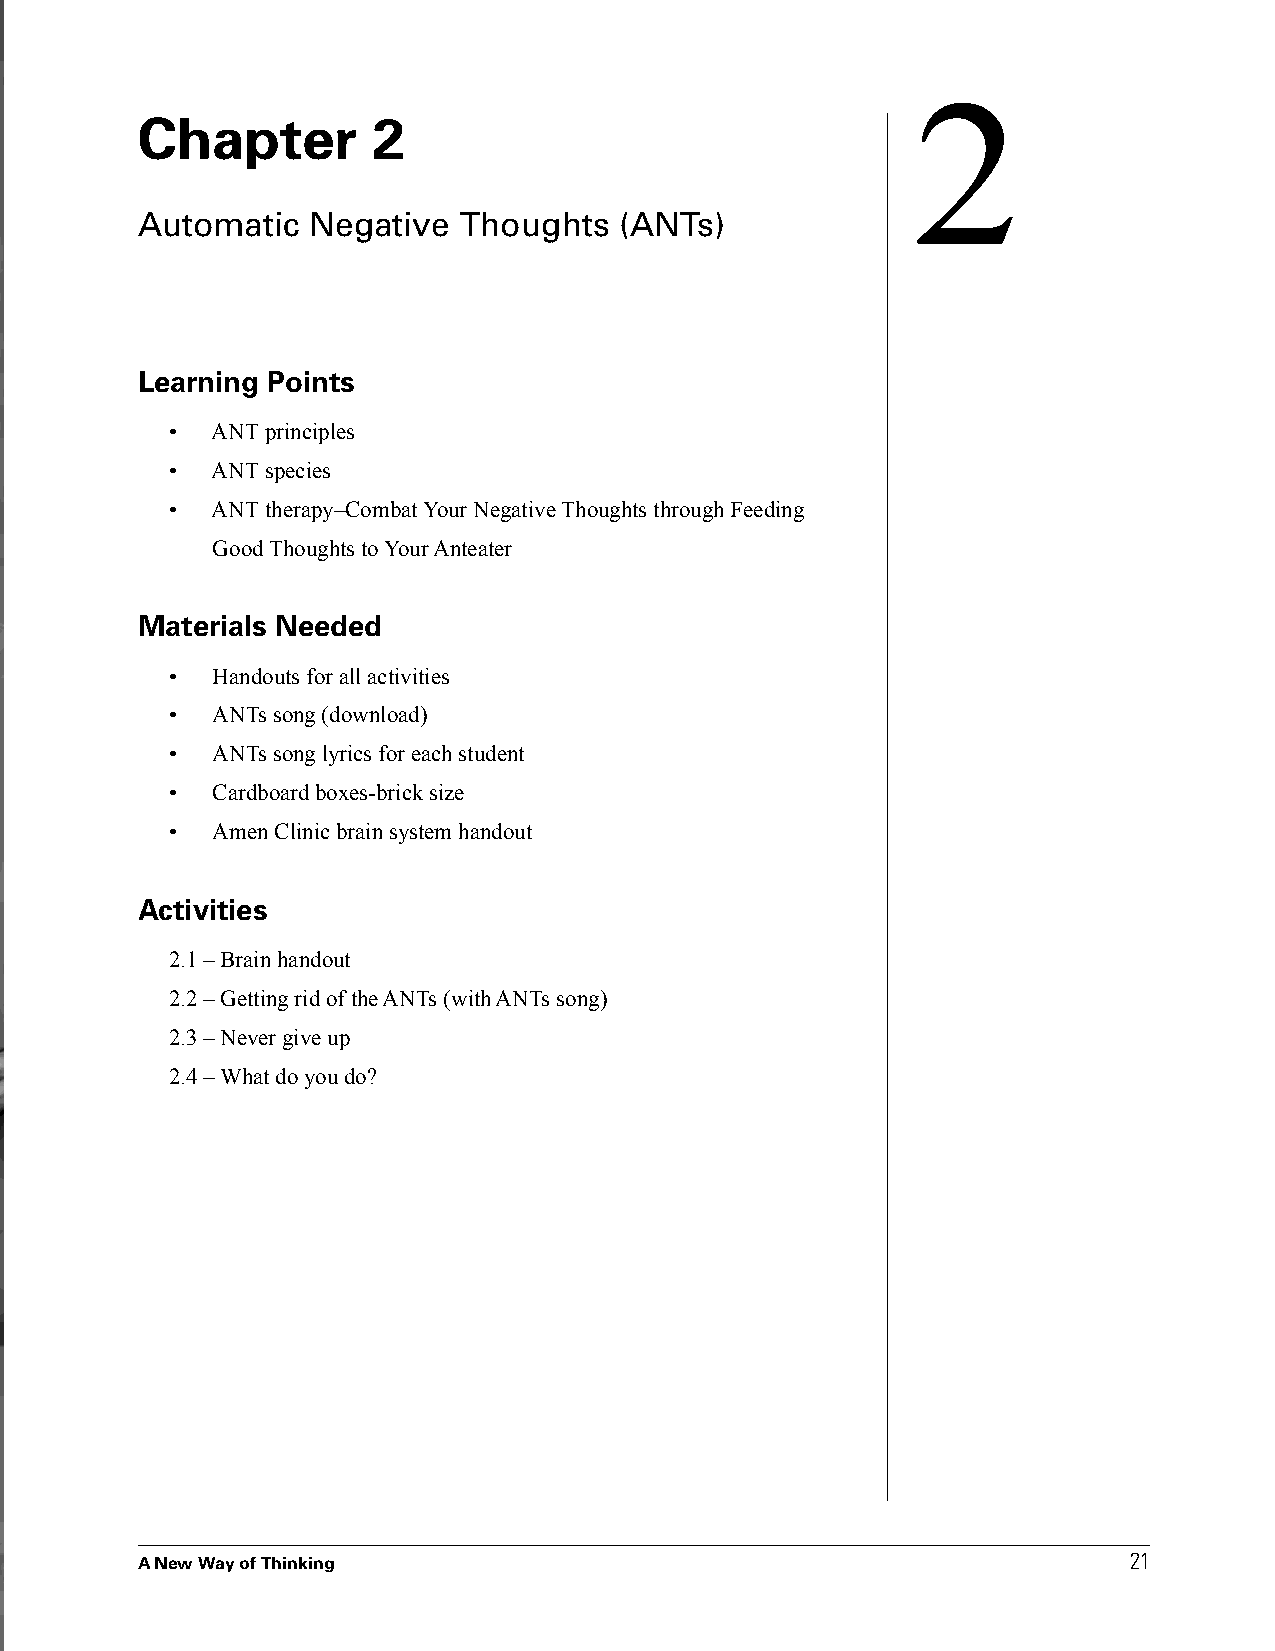
2
 Chapter         2
 Automatic   Negative Thoughts   (ANTs)
 Learning Points
 •  ANT principles
 •  ANT species
 •  ANT therapy–Combat Your Negative Thoughts through Feeding
 Good Thoughts to Your Anteater
 Materials Needed
 •  Handouts for all activities
 •  ANTs song (download)
 •  ANTs song lyrics for each student
 •  Cardboard boxes-brick size
 •  Amen Clinic brain system handout
 Activities
 2.1 – Brain handout
 2.2 – Getting rid of the ANTs (with ANTs song)
 2.3 – Never give up
 2.4 – What do you do?
 2211
 AA NNeeww WWaayy ooff TThhiinnkkiinngg